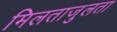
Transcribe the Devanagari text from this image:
मिलताजुलता